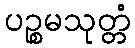
ပဉ္စမသုတ္တံ